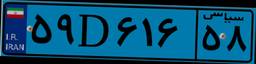
۵۹D۶۱۶۵۸